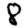
Digit: 8